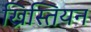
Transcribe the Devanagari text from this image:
ख्रिस्तियन